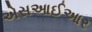
એસઆઈઆર